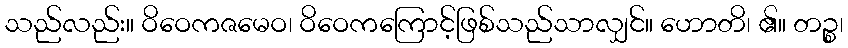
သည်လည်း။ ဝိဝေကဇမေဝ၊ ဝိဝေကကြောင့်ဖြစ်သည်သာလျှင်။ ဟောတိ၊ ၏။ တဉ္စ၊